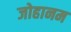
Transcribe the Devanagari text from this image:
जोहानम